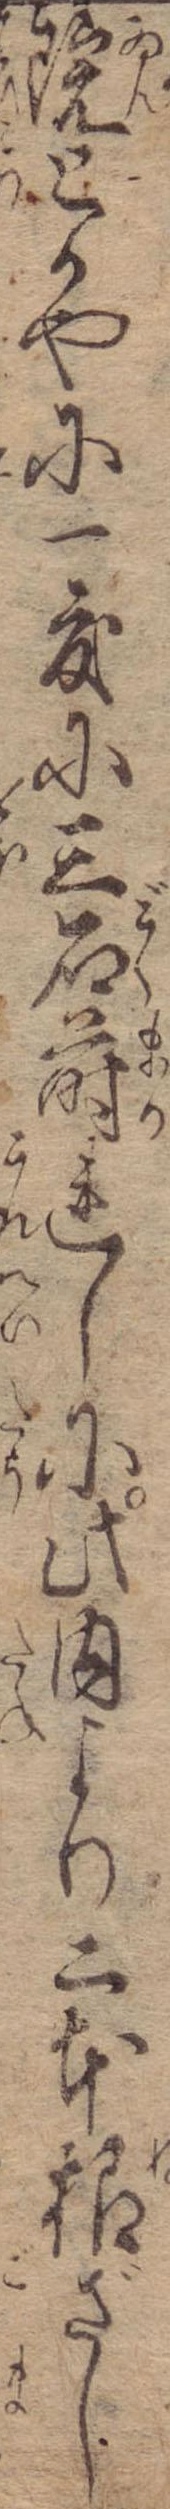
院とかやに一度に三石蒔れしに此内より二本根ざし